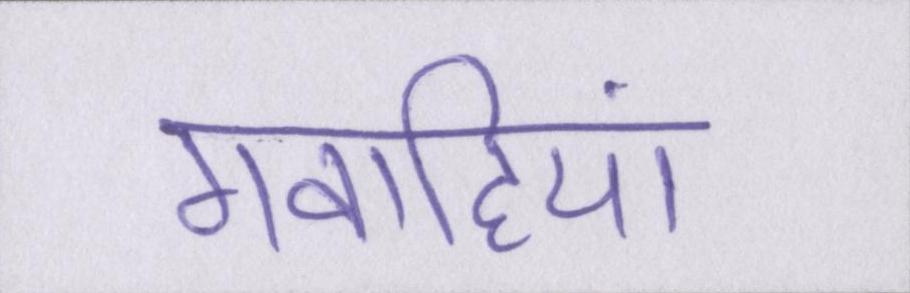
गवाहियां